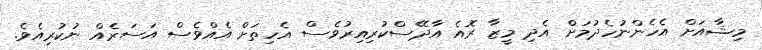
މިޝާއަށް އެހެންނުހެދުމަށް އެދި މީޒާ ރޮއެ އާދޭސްކުރިއިރުވެސް އެހިތަށް އެއްވެސް އަސަރެއް ނުކުރިއެވެ.